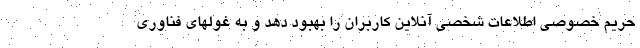
حریم خصوصی اطلاعات شخصی آنلاین کاربران را بهبود دهد و به غولهای فناوری